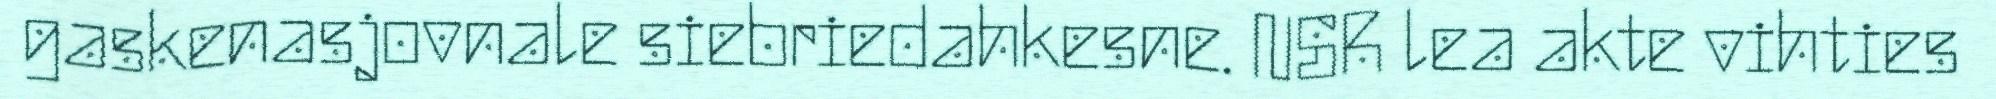
gaskenasjovnale siebriedahkesne. NSR lea akte vihties